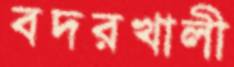
বদরখালী